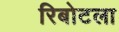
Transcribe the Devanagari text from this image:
रिबोटला